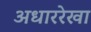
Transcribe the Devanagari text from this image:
अधाररेखा